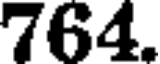
764.